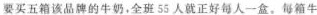
要买五箱该品牌的牛奶，全班55人就正好每人一盒。每箱牛